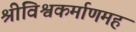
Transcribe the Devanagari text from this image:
श्रीविश्वकर्माणमहं